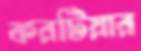
করটিয়ার